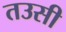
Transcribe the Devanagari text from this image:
तउसी